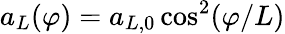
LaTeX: {a_{L}(\varphi)=a_{L,0}\cos^{2}(\varphi/L)}